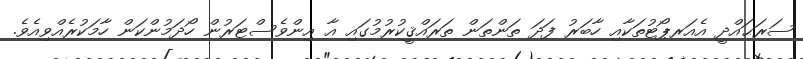
ސަރަޙައްދީ އެއަރޕޯޓުތަކާއި ހާބަރު ފަދަ ތަންތަން ތަރައްޤީކުރުމުގައި އާ އިންވެސްޓަރުން ހޯދަމުންކަން ހާމަކުރެއްވިއެވެ.